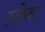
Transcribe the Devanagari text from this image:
स्‍केन